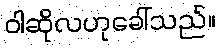
ဝါဆိုလဟုခေါ်သည်။